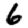
Digit: 6